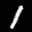
Label: 1